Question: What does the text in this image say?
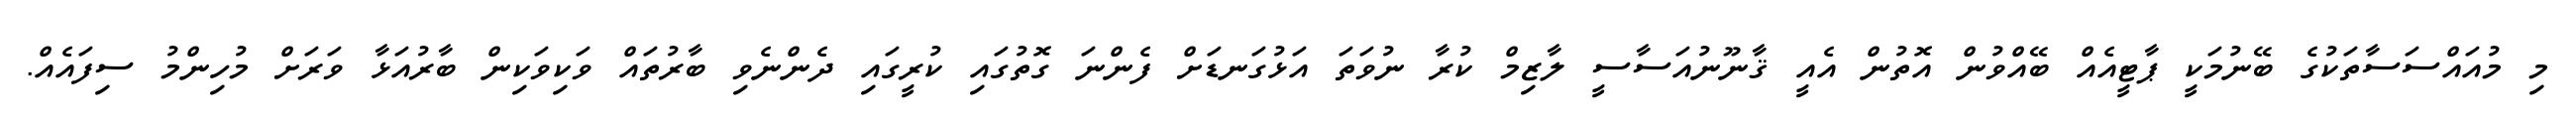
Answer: މި މުއައްސަސާތަކުގެ ބޭނުމަކީ ޕާޓީއެއް ބޭއްވުން އޮތުން އެއީ ޤާނޫނުއަސާސީ ލާޒިމް ކުރާ ނުވަތަ އަޅުގަނޑަށް ފެންނަ ގޮތުގައި ކުރީގައި ދެންނެވި ބާރުތައް ވަކިވަކިން ބާރުއަޅާ ވަރަށް މުހިންމު ސިފައެއް.